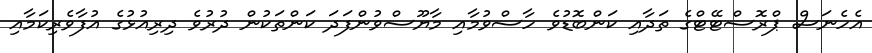
އެހެނަސް ޕްރޮސްޓޭޓްގެ ތަދާއި ކަންބޮޑުވެ ހާސްވުމާއި މާޔޫސްވުންފަދަ ކަންތަކުން ދުރުވެ ދިރިއުޅުގެ އުފާވެރިކަމާއި